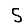
Digit: 5